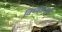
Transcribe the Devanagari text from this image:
विध्वंसामुळे